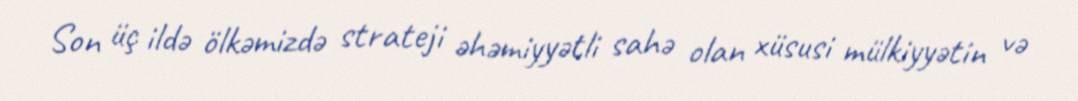
Son üç ildə ölkəmizdə strateji əhəmiyyətli sahə olan xüsusi mülkiyyətin və